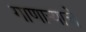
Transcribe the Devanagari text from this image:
गाणार्‍याचे